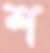
শ